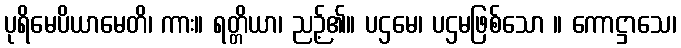
ပုရိမေပိယာမေတိ၊ ကား။ ရတ္တိယာ၊ ညဉ့်၏။ ပဌမေ၊ ပဌမဖြစ်သော ။ ကောဋ္ဌာသေ၊